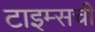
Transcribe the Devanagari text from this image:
टाइम्सची